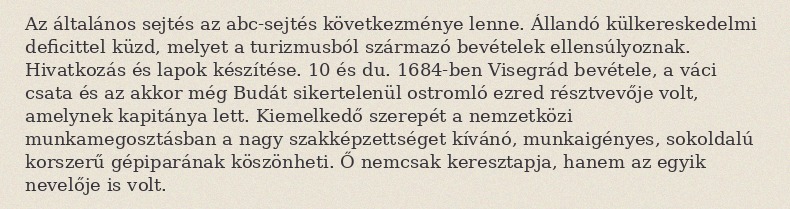
Az általános sejtés az abc-sejtés következménye lenne. Állandó külkereskedelmi deficittel küzd, melyet a turizmusból származó bevételek ellensúlyoznak. Hivatkozás és lapok készítése. 10 és du. 1684-ben Visegrád bevétele, a váci csata és az akkor még Budát sikertelenül ostromló ezred résztvevője volt, amelynek kapitánya lett. Kiemelkedő szerepét a nemzetközi munkamegosztásban a nagy szakképzettséget kívánó, munkaigényes, sokoldalú korszerű gépiparának köszönheti. Ő nemcsak keresztapja, hanem az egyik nevelője is volt.